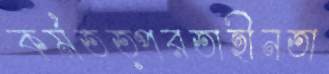
কর্মতত্পরতাহীনতা